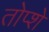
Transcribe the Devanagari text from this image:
तोप्शे